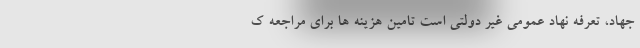
جهاد، تعرفه نهاد عمومی غیر دولتی است تامین هزینه ها برای مراجعه ک